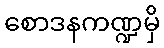
စောဒနကဏ္ဍမှိ